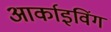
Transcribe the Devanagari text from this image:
आर्काइविंग